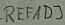
Text: REFADJ